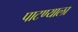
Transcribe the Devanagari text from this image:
पाटण्याला